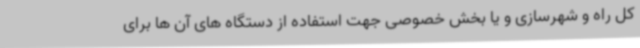
کل راه و شهرسازی و یا بخش خصوصی جهت استفاده از دستگاه های آن ها برای